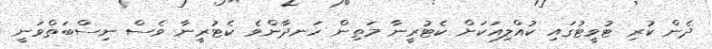
ދެން ކުރި ޓުވީޓުގައި ކުއްލިއަކަށް ކެޓުރީނާ މަތިން ހަނދާންވެ ކެޓުރީނާ ވެސް ނިސްބަތްވަނީ